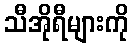
သီအိုရီများကို